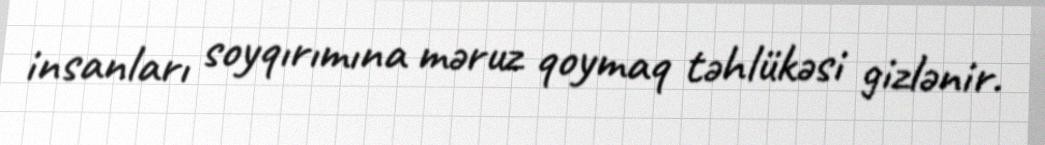
insanları soyqırımına məruz qoymaq təhlükəsi gizlənir.